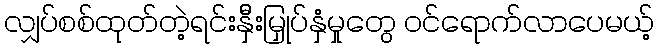
လျှပ်စစ်ထုတ်တဲ့ရင်းနှိီးမြှုပ်နှံမှုတွေ ဝင်ရောက်လာပေမယ့်